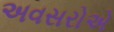
અવસરોએ